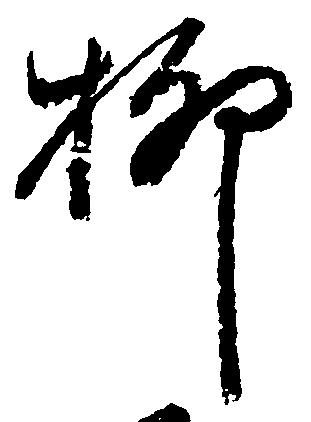
柳